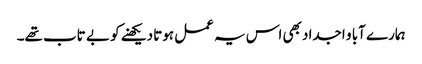
ہمارے آبا و اجداد بھی اس یہ عمل ہوتا دیکھنے کو بے تاب تھے۔